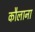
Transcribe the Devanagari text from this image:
कौलाना